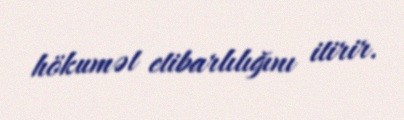
hökumət etibarlılığını itirir.